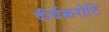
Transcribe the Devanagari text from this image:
दीर्घकरोटि